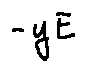
- y E